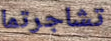
تشاجرتما